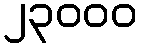
၂၃၀၀၀